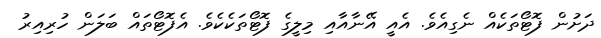
ދަށުން ފޮޓޯތަކެއް ނެގިއެވެ. އެއީ އޭނާއާއި މިލީގެ ފޮޓޯތަކެކެވެ. އެފޮޓޯތައް ބަލަން ހުރިއިރު